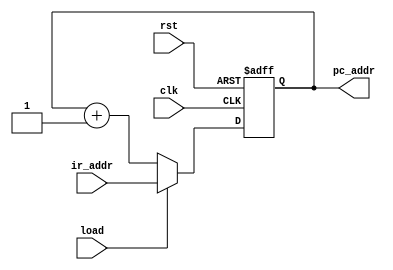
`timescale 1ns/1ns
module cnt(
    clk,
    rst,
    load,
    pc_addr,
    ir_addr
);

input clk;
input rst;
input load;
input [12:0]ir_addr;
output reg [12:0]pc_addr;

always@(posedge clk or negedge rst)
    if(!rst)
        pc_addr <= 13'b0_0000_0000_0000;
    else if(load)
        pc_addr <= ir_addr;
    else 
        pc_addr <= pc_addr + 1'b1;
    
endmodule